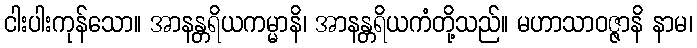
ငါးပါးကုန်သော။ အာနန္တရိယကမ္မာနိ၊ အာနန္တရိယကံတို့သည်။ မဟာသာဝဇ္ဇာနိ နာမ၊